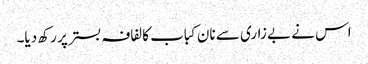
اس نے بے زاری سے نان کباب کا لفافہ بستر پر رکھ دیا۔